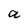
Character: a